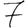
Digit: 7